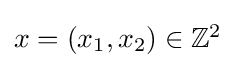
{\textstyle x=(x_{1},x_{2})\in \mathbb {Z} ^{2}}